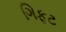
ગિફટ